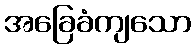
အခြေခံကျသော